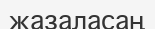
жазаласаң